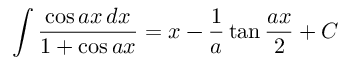
\int { \frac { \cos a x \, d x } { 1 + \cos a x } } = x - { \frac { 1 } { a } } \tan { \frac { a x } { 2 } } + C